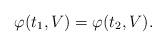
LaTeX: \begin{align*}\varphi(t_1,V)=\varphi(t_2,V).\end{align*}